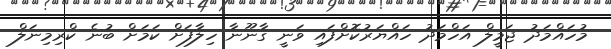
މުހައްމަދު ޖަމީލް އަހްމަދު ހައްޔަރުކޮށްފައި ވަނީ ގާނޫނާ ހިލާފަށް ކަމަށް ބުނެ ކްރިމިނަލް